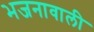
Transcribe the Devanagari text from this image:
भजनावाली